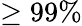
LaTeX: \ge 99\%